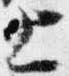
上